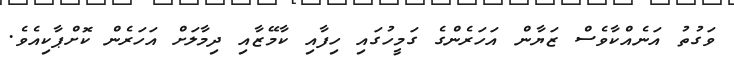
ވަގުތު އަނެއްކާވެސް ޒަޔާން އަހަރެންގެ ގަމީހުގައި ހިފާއި ކާމޭޒާއި ދިމާލަށް އަހަރެން ކޮށްޕާކިއެވެ.